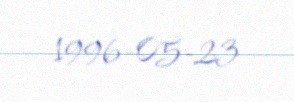
1996-05-23